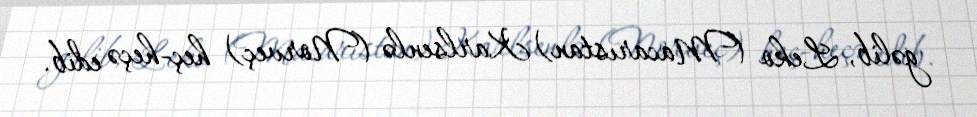
gəlib, Leko (Macarıstan) Karlsenlə (Norveç) heç-heçə edib.